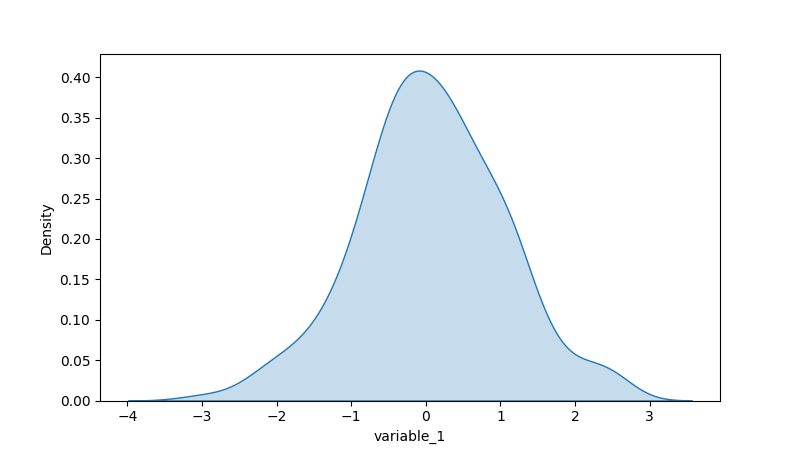
python, seaborn, kdeplot, hue='None', fill=True, bw_adjust=1.0